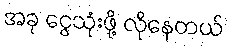
အခု ငွေသုံးဖို့ လိုနေတယ်